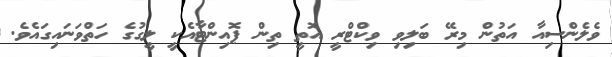
ވެލެންސިއާ އަތުން މިރޭ ބަލިވި ވިކްޓްރީ އޮތީ ތިން ޕޮއިންޓާއެކީ ލީގުގެ ހަތްވަނައިގައެވެ.